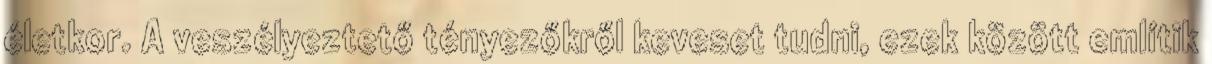
életkor. A veszélyeztető tényezőkről keveset tudni, ezek között említik